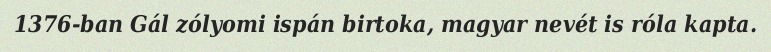
1376-ban Gál zólyomi ispán birtoka, magyar nevét is róla kapta.